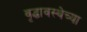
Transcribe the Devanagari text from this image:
वृद्धावस्थेच्या